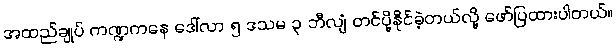
အထည်ချုပ် ကဏ္ဍကနေ ဒေါ်လာ ၅ ဒသမ ၃ ဘီလျံ တင်ပို့နိုင်ခဲ့တယ်လို့ ဖော်ပြထားပါတယ်။